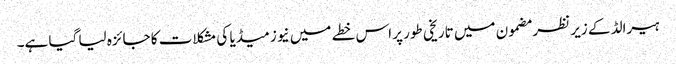
ہیرالڈ کے زیر نظر مضمون میں تاریخی طور پر اس خطے میں نیوز میڈیا کی مشکلات کا جائزہ لیا گیا ہے۔